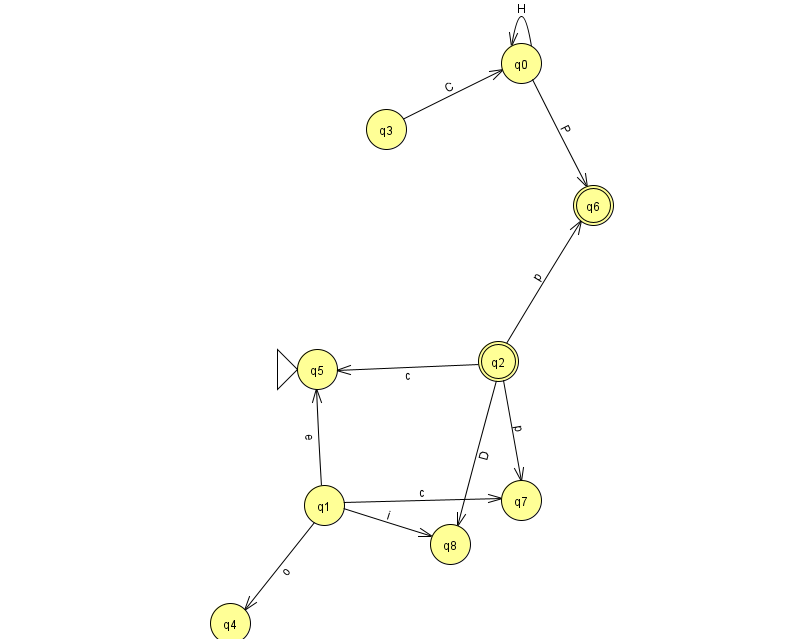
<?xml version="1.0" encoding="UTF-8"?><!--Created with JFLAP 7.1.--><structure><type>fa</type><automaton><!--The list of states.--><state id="0" name="q0"><x>521.0</x><y>50.0</y></state><state id="1" name="q1"><x>324.0</x><y>492.0</y></state><state id="2" name="q2"><x>498.0</x><y>348.0</y><final/></state><state id="3" name="q3"><x>386.0</x><y>116.0</y></state><state id="4" name="q4"><x>230.0</x><y>610.0</y></state><state id="5" name="q5"><x>317.0</x><y>356.0</y><initial/></state><state id="6" name="q6"><x>593.0</x><y>192.0</y><final/></state><state id="7" name="q7"><x>521.0</x><y>487.0</y></state><state id="8" name="q8"><x>450.0</x><y>531.0</y></state><!--The list of transitions.--><transition><from>3</from><to>0</to><read>C</read></transition><transition><from>0</from><to>6</to><read>P</read></transition><transition><from>2</from><to>7</to><read>p</read></transition><transition><from>1</from><to>4</to><read>o</read></transition><transition><from>1</from><to>5</to><read>e</read></transition><transition><from>0</from><to>0</to><read>H</read></transition><transition><from>1</from><to>7</to><read>c</read></transition><transition><from>1</from><to>8</to><read>i</read></transition><transition><from>2</from><to>6</to><read>p</read></transition><transition><from>2</from><to>5</to><read>c</read></transition><transition><from>2</from><to>8</to><read>D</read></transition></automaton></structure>